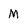
Character: M